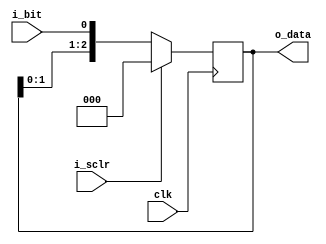
`ifndef _bshift_reg
`define _bshift_reg

module bshift_reg #(
  parameter COUNT = 3
) (
  input wire clk, i_sclr, i_bit,
  output wire [COUNT-1:0] o_data
);

  reg [COUNT-1:0] s_data;

  // equal to flopr*COUNT
  always @(posedge clk)
  begin
    if (i_sclr) begin
      s_data <= {COUNT{1'b0}};
    end else begin
      s_data <= {s_data[COUNT-2:0], i_bit};
    end
  end

  assign o_data = s_data;
endmodule

`endif